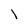
Character: I